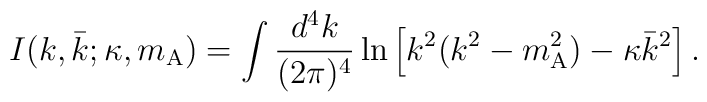
I ( k , \bar{k} ; \kappa , m _{\mathrm{A}} )    =    \int \frac{d^4k}{(2\pi)^4}        \ln        \left[            k ^{2} ( k ^{2} - m _{\mathrm{A}} ^{2} )            -            \kappa \bar{k} ^{2}        \right]    .